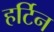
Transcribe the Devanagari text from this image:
हर्टिन